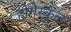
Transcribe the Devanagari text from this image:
होगेस्कूल